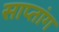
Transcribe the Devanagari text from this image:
साप्तांग